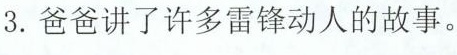
3.爸爸讲了许多雷锋动人的故事。